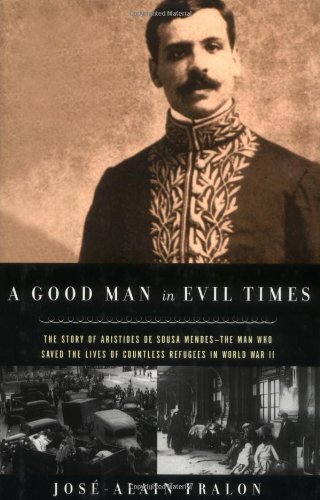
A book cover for A Good Man in Evil Times: The Story of Aristides de Sousa Mendes -- The Man Who Saved the Lives of Countless Refugees in World War II; Jose-Alain Fralon; Biographies & Memoirs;